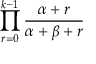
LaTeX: \prod _ { r = 0 } ^ { k - 1 } { \frac { \alpha + r } { \alpha + \beta + r } }